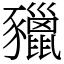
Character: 䝓